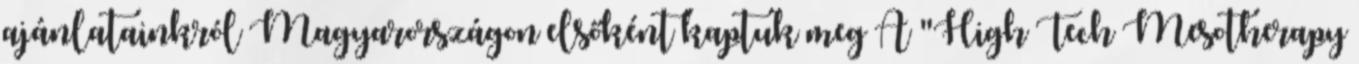
ajánlatainkról Magyarországon elsőként kaptuk meg A "High Tech Mesotherapy